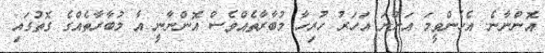
އޮންނާނެ. އެހެންވީމަ އަންނަ އަހަރު ހުރިހާ މުބާރާތެއްވެސް އޮންނާނީ އާ މުބާރާތެއްގެ ގޮތުގައި